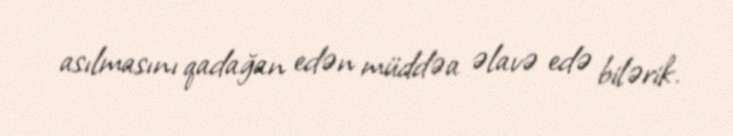
asılmasını qadağan edən müddəa əlavə edə bilərik.